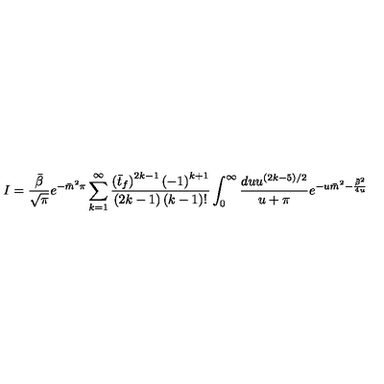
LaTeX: I = \frac { \bar { \beta } } { \sqrt { \pi } } e ^ { - \bar { m } ^ { 2 } \pi } \sum _ { k = 1 } ^ { \infty } \frac { \left( \bar { t } _ { f } \right) ^ { 2 k - 1 } \left( - 1 \right) ^ { k + 1 } } { \left( 2 k - 1 \right) \left( k - 1 \right) ! } \int _ { 0 } ^ { \infty } \frac { d u u ^ { ( 2 k - 5 ) / 2 } } { u + \pi } e ^ { - u \bar { m } ^ { 2 } - \frac { \bar { \beta } ^ { 2 } } { 4 u } }